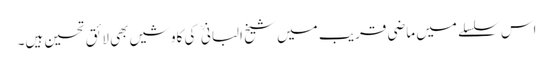
اس سلسلے میں ماضی قریب میں شیخ البانی کی کاوشیں بھی لائق تحسین ہیں۔